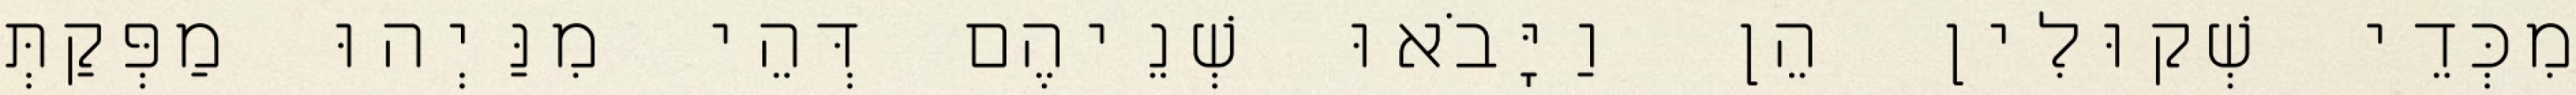
מִכְּדֵי שְׁקוּלִין הֵן וַיָּבֹאוּ שְׁנֵיהֶם דְּהֵי מִנַּיְהוּ מַפְּקַתְּ